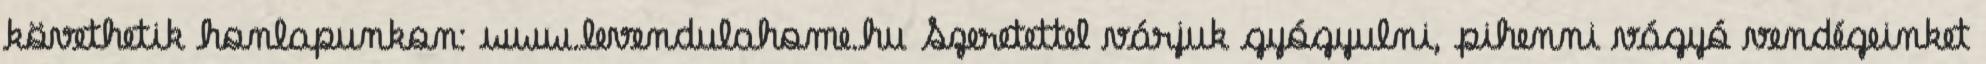
követhetik honlapunkon: www.levendulahome.hu Szeretettel várjuk gyógyulni, pihenni vágyó vendégeinket